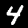
Label: 4